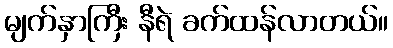
မျက်နှာကြီး နီရဲ ခက်ထန်လာတယ်။